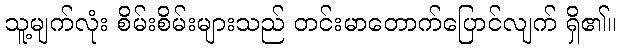
သူ့မျက်လုံး စိမ်းစိမ်းများသည် တင်းမာတောက်ပြောင်လျက် ရှိ၏။